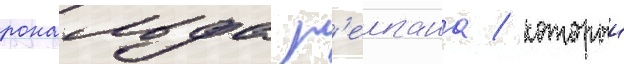
рональда р'еигана / которыи